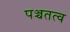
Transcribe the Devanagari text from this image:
पञ्चतत्व